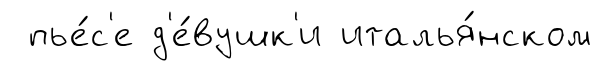
пье́с'е д'е́вушк'и италья́нском